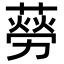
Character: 𦺜